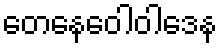
တေနေဝေါဝါဒေန